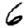
Digit: 6